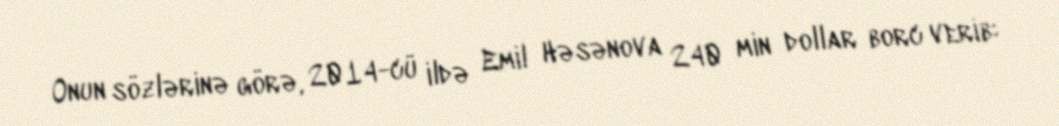
Onun sözlərinə görə, 2014-cü ildə Emil Həsənova 240 min dollar borc verib: